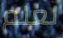
لعلم